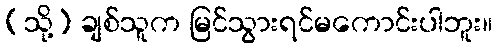
(သို့) ချစ်သူက မြင်သွားရင်မကောင်းပါဘူး။